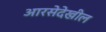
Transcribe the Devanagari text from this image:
आरसेदेखील